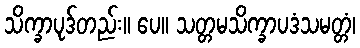
သိက္ခာပုဒ်တည်း။ ပေ။ သတ္တမသိက္ခာပဒံသမတ္တံ၊